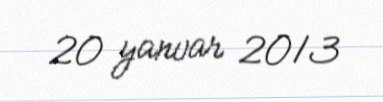
20 yanvar 2013